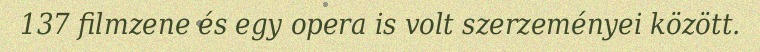
137 filmzene és egy opera is volt szerzeményei között.